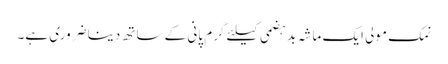
نمک مولی ایک ماشہ بدہضمی کیلئے گرم پانی کے ساتھ دینا ضروری ہے۔